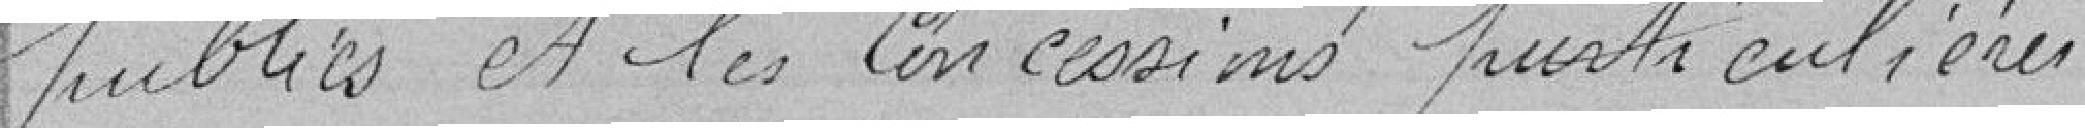
publics et les cessions particulières